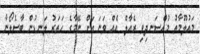
މައުލޫމާތު މުއްސަނދިވި ރެއާލް އެއް ވަނަ އަށް ނޭމާގެ ހަތަރު ލަނޑުން ބާސެލޯނާ